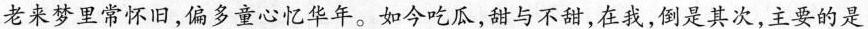
老来梦里常怀旧，偏多童心忆华年。如今吃瓜，甜与不甜，在我，倒是其次，主要的是